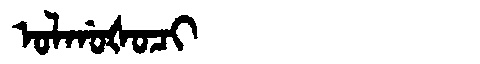
Manchu: ᠣᠯᡤᠣᡧᠣᠴᡳ
Romanization: OLGOŠOCI